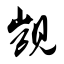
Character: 觊